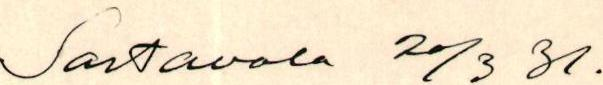
Sortavala 20/3 31.